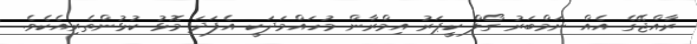
ރާއްޖޭގެ އެއް ނަމްބަރު ގޯލް ކީޕަރު އިމްރާން މުހައްމަދަކީ އެފަދަ މޮޅު ކުޅުންތެރިއެކެވެ.